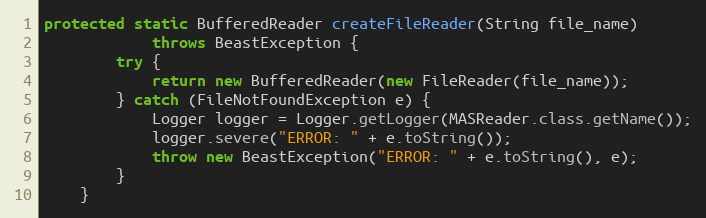
Language: Java
protected static BufferedReader createFileReader(String file_name)
            throws BeastException {
        try {
            return new BufferedReader(new FileReader(file_name));
        } catch (FileNotFoundException e) {
            Logger logger = Logger.getLogger(MASReader.class.getName());
            logger.severe("ERROR: " + e.toString());
            throw new BeastException("ERROR: " + e.toString(), e);
        }
    }